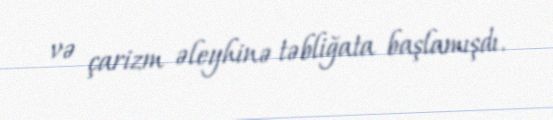
və çarizm əleyhinə təbliğata başlamışdı.